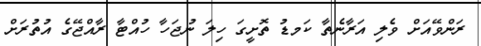
ރަންވޭއަށް ވެލި އަރާނެތާ ކަމޑު ތޮށީގަ ހިލަ ނުޖަހާ ހުއްޓާ ރާއްޖޭގެ އުތުރަށް